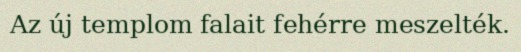
Az új templom falait fehérre meszelték.